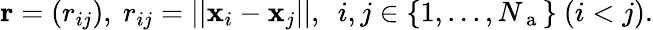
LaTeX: \textbf{r}=(r_{ij}),~r_{ij}=||\textbf{x}_{i}-\textbf{x}_{j}||,~~i,j\in\{ 1,...,N_{\mathrm{~a~}}\} ~(i<j).